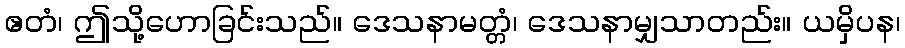
ဧတံ၊ ဤသို့ဟောခြင်းသည်။ ဒေသနာမတ္တံ၊ ဒေသနာမျှသာတည်း။ ယမှိပန၊